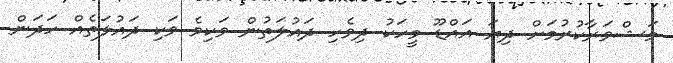
މަޝްވަރާކުރުމަށް ދިޔަ އައްޑޫ މީހަކު ދިވެހި ދައުލަތުން ވަކިވެ ވަކި ދައުލަތެއް ހަދަން